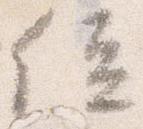
位